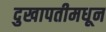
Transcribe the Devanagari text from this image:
दुखापतीमधून